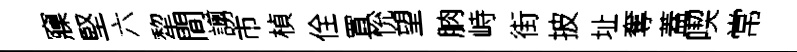
䆿堅六犂間謭市楨佺罝恱望朒峙街披址奪蓋喫常